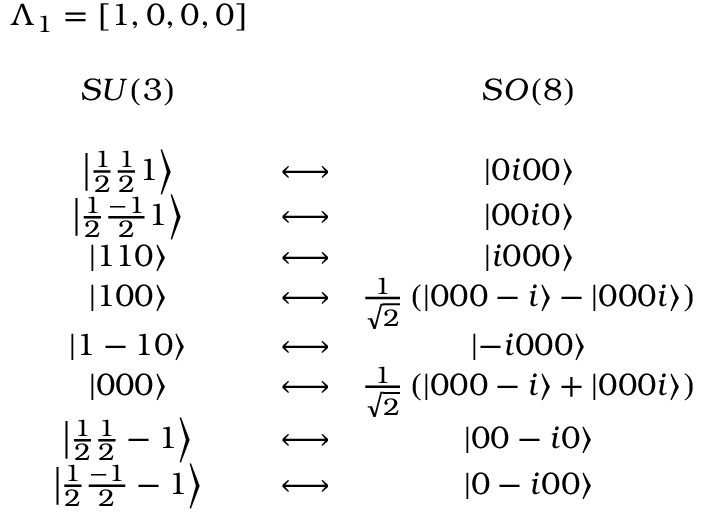
\begin{array} { c c c } { { \Lambda _ { 1 } = [ 1 , 0 , 0 , 0 ] } } & { { } } & { { } } \\ { { } } & { { } } & { { } } \\ { { S U ( 3 ) } } & { { } } & { { S O ( 8 ) } } \\ { { } } & { { } } & { { } } \\ { { \left| \frac 1 2 \frac 1 2 1 \right\rangle } } & { { \longleftrightarrow } } & { { \left| 0 i 0 0 \right\rangle } } \\ { { \left| \frac 1 2 \frac { - 1 } 2 1 \right\rangle } } & { { \longleftrightarrow } } & { { \left| 0 0 i 0 \right\rangle } } \\ { { \left| 1 1 0 \right\rangle } } & { { \longleftrightarrow } } & { { \left| i 0 0 0 \right\rangle } } \\ { { \left| 1 0 0 \right\rangle } } & { { \longleftrightarrow } } & { { \frac 1 { \sqrt { 2 } } \left( \left| 0 0 0 - i \right\rangle - \left| 0 0 0 i \right\rangle \right) } } \\ { { \left| 1 - 1 0 \right\rangle } } & { { \longleftrightarrow } } & { { \left| - i 0 0 0 \right\rangle } } \\ { { \left| 0 0 0 \right\rangle } } & { { \longleftrightarrow } } & { { \frac 1 { \sqrt { 2 } } \left( \left| 0 0 0 - i \right\rangle + \left| 0 0 0 i \right\rangle \right) } } \\ { { \left| \frac 1 2 \frac 1 2 - 1 \right\rangle } } & { { \longleftrightarrow } } & { { \left| 0 0 - i 0 \right\rangle } } \\ { { \left| \frac 1 2 \frac { - 1 } 2 - 1 \right\rangle } } & { { \longleftrightarrow } } & { { \left| 0 - i 0 0 \right\rangle } } \end{array}